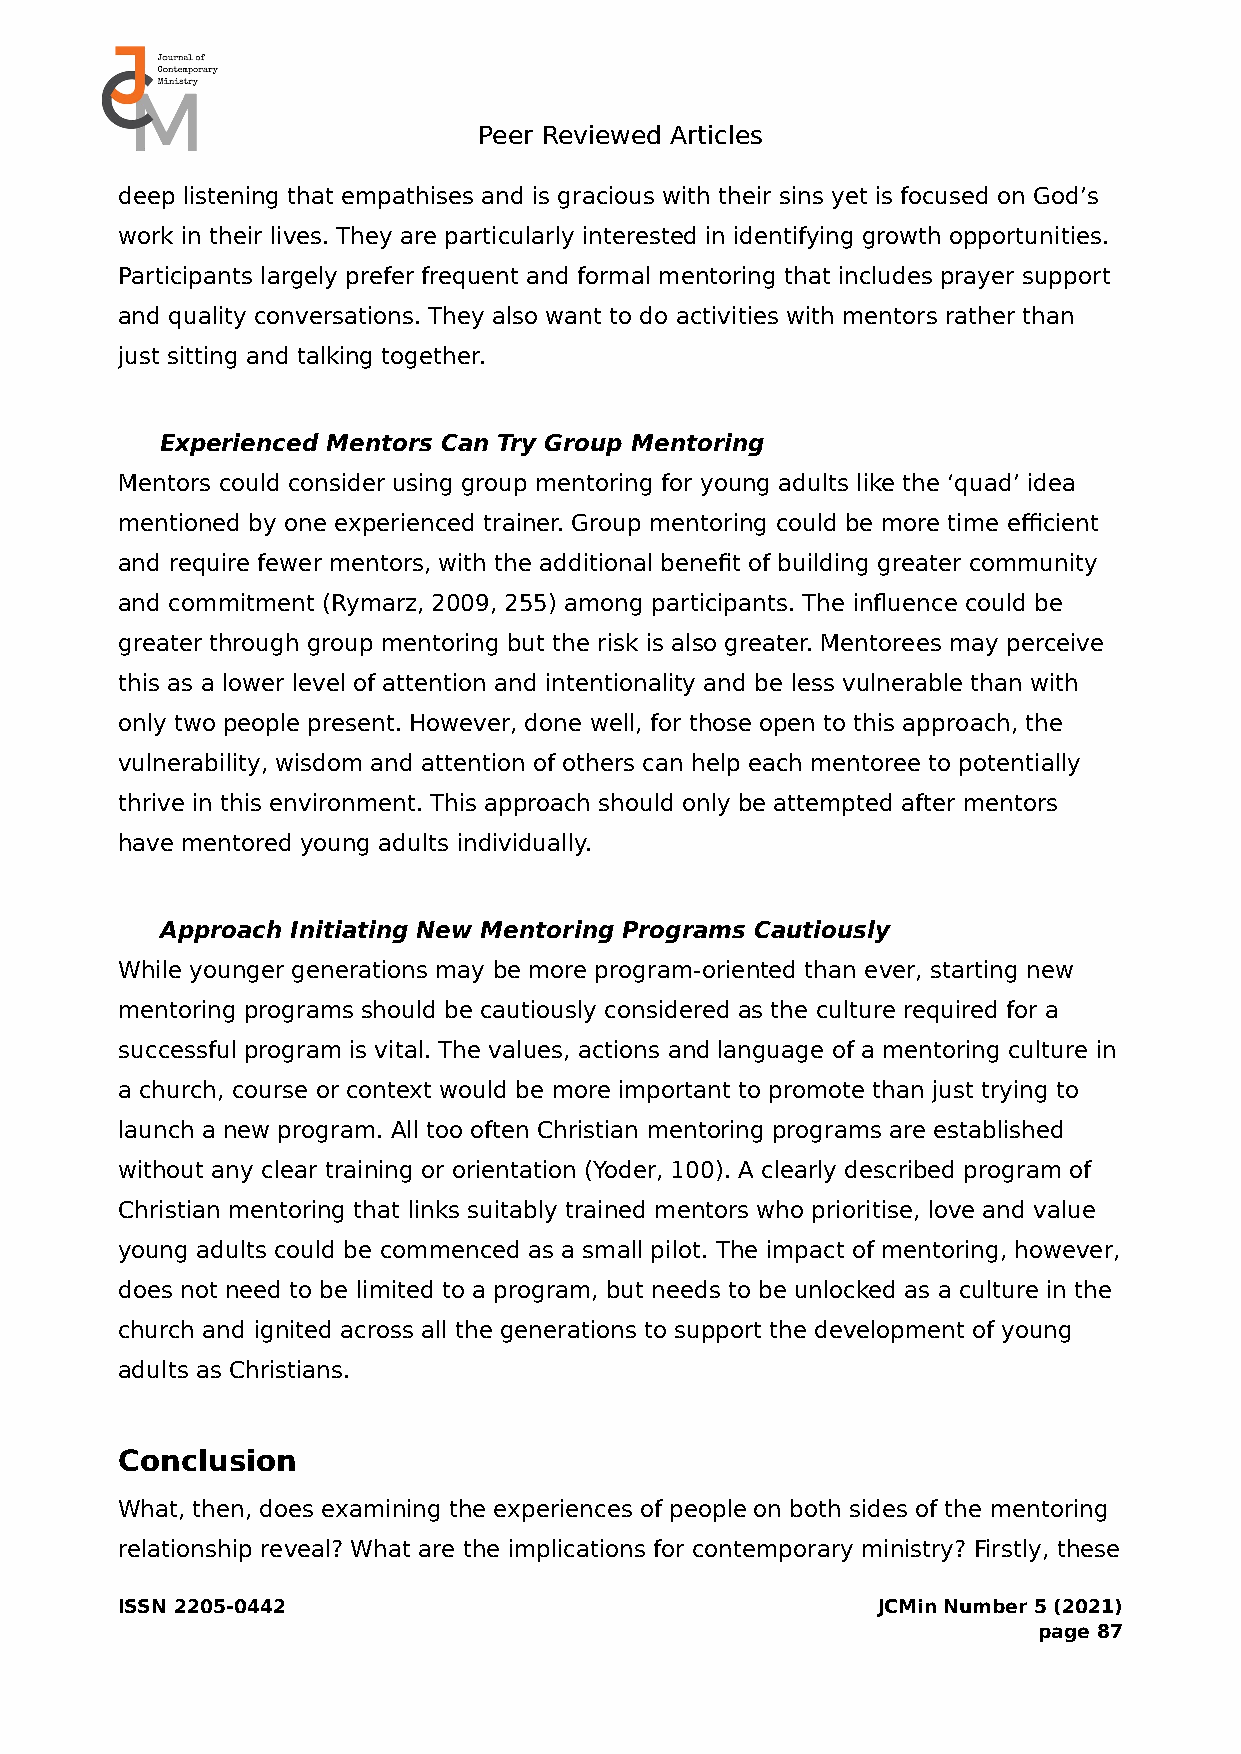
Peer Reviewed Articles
 deep listening that empathises and is gracious with their sins yet is focused on God’s
 work in their lives. They are particularly interested in identifying growth opportunities.
 Participants largely prefer frequent and formal mentoring that includes prayer support
 and quality conversations. They also want to do activities with mentors rather than
 just sitting and talking together.
 Experienced Mentors Can Try Group Mentoring
 Mentors could consider using group mentoring for young adults like the ‘quad’ idea
 mentioned by one experienced trainer. Group mentoring could be more time efficient
 and require fewer mentors, with the additional benefit of building greater community
 and commitment (Rymarz, 2009, 255) among participants. The influence could be
 greater through group mentoring but the risk is also greater. Mentorees may perceive
 this as a lower level of attention and intentionality and be less vulnerable than with
 only two people present. However, done well, for those open to this approach, the
 vulnerability, wisdom and attention of others can help each mentoree to potentially
 thrive in this environment. This approach should only be attempted after mentors
 have mentored young adults individually.
 Approach Initiating New Mentoring Programs Cautiously
 While younger generations may be more program-oriented than ever, starting new
 mentoring programs should be cautiously considered as the culture required for a
 successful program is vital. The values, actions and language of a mentoring culture in
 a church, course or context would be more important to promote than just trying to
 launch a new program. All too often Christian mentoring programs are established
 without any clear training or orientation (Yoder, 100). A clearly described program of
 Christian mentoring that links suitably trained mentors who prioritise, love and value
 young adults could be commenced as a small pilot. The impact of mentoring, however,
 does not need to be limited to a program, but needs to be unlocked as a culture in the
 church and ignited across all the generations to support the development of young
 adults as Christians.
 Conclusion
 What, then, does examining the experiences of people on both sides of the mentoring
 relationship reveal? What are the implications for contemporary ministry? Firstly, these
 ISSN 2205-0442                                    JCMin Number 5 (2021)
 page 87